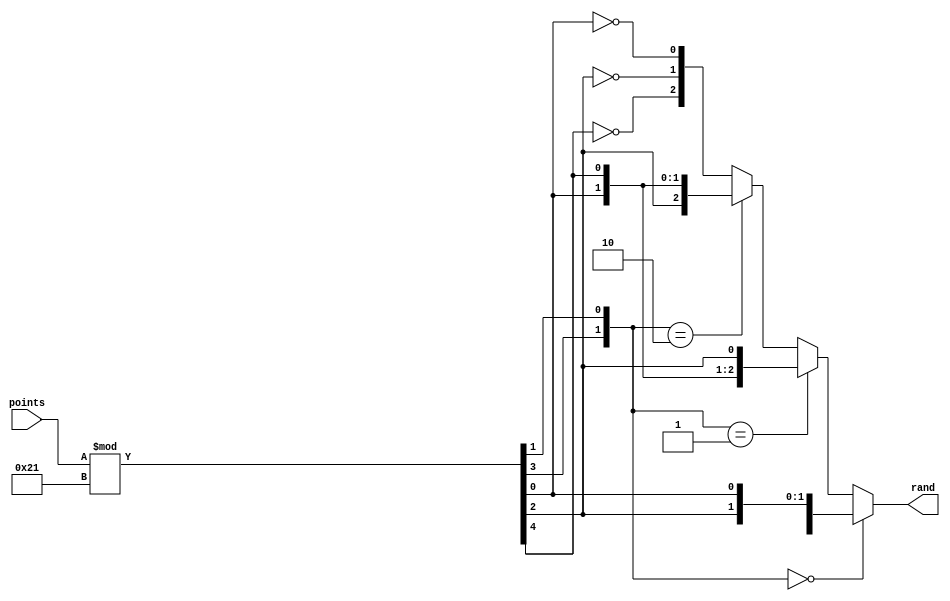
`timescale 1ns / 1ps
//////////////////////////////////////////////////////////////////////////////////
// Company: 
// Engineer: 
// 
// Design Name: 
// Module Name: RNG
// Project Name: 
// Target Devices: 
// Tool Versions: 
// Description: 
// 
// Dependencies: 
// 
// Revision:
// Revision 0.01 - File Created
// Additional Comments:
// 
//////////////////////////////////////////////////////////////////////////////////


module RNG(
    input [13:0] points,
    output [2:0] rand
    );
    wire [4:0] seed = points % 33;
    assign rand = ({seed[3],seed[1]} == 2'b00 ? {seed[4],seed[2],seed[0]} :                        
                        ({seed[3],seed[1]} == 2'b01 ? {seed[0],seed[4],seed[2]} :
                            ({seed[3],seed[1]} == 2'b10 ? {seed[2],seed[0],seed[4]} :
                                ({~seed[4],~seed[2],~seed[0]}
                                )
                            )
                         )
                     ); 
endmodule